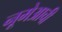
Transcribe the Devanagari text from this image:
नूमेआची